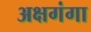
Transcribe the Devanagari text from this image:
अक्षगंगा